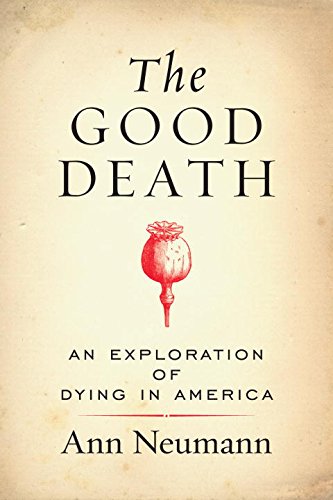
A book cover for The Good Death: An Exploration of Dying in America; Ann Neumann; Self-Help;